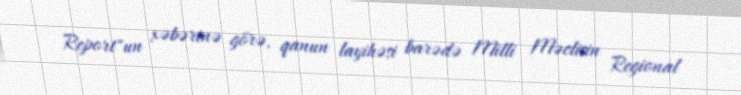
Report"un xəbərinə görə, qanun layihəsi barədə Milli Məclisin Regional